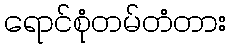
ရောင်စုံတမ်တံတား